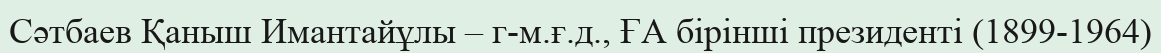
Сәтбаев Қаныш Имантайұлы – г-м.ғ.д., ҒА бірінші президенті (1899-1964)